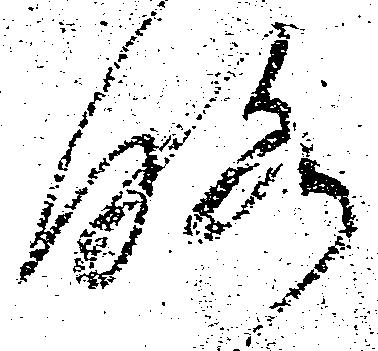
略